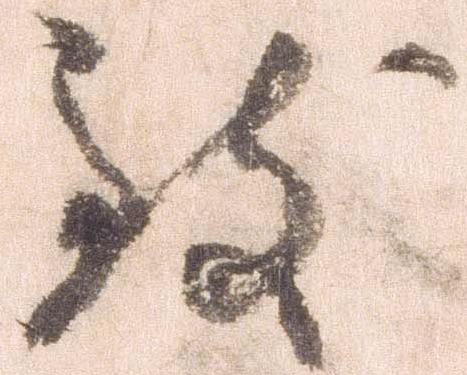
致